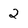
Character: 2